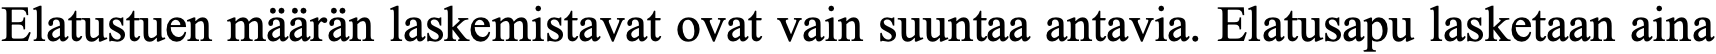
Elatustuen määrän laskemistavat ovat vain suuntaa antavia. Elatusapu lasketaan aina